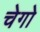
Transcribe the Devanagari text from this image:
चेगो